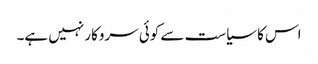
اس کا سیاست سے کوئی سروکار نہیں ہے۔